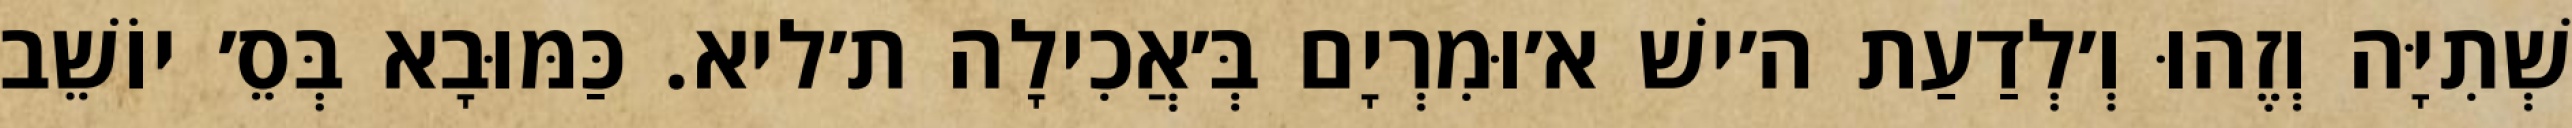
שְׁתִיָּה וְזֶהוּ וְ׳לְדַעַת ה׳ישׁ א׳וּמִרְיָם בְּ׳אֲכִילָה ת׳ליא. כַּמּוּבָא בְּסֵ׳ יוֹשֵׁב